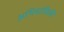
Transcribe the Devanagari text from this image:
अभियांत्रिकी